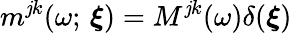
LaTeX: m^{\mathit{j}k}(\omega;\, \boldsymbol{\xi})=M^{\mathit{j}k}(\omega)\delta(\boldsymbol{\xi})